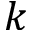
k